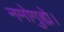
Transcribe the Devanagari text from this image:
नमोगुह्ये।